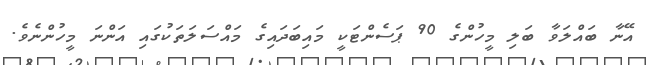
އޭނާ ބައްލަވާ ބަލި މީހުންގެ 90 ޕަސެންޓަކީީ މައިބަދައިގެ މައްސަލަތަކުގައި އަންނަ މީހުންނެވެ.